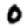
Digit: 0